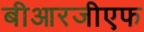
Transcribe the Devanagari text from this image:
बीआरजीएफ